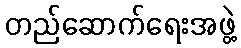
တည်ဆောက်ရေးအဖွဲ့